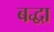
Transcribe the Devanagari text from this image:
बद्धा